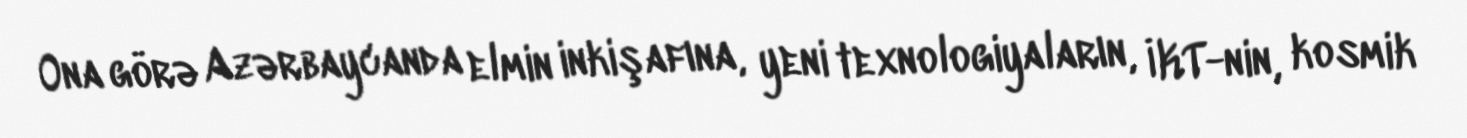
Ona görə Azərbaycanda elmin inkişafına, yeni texnologiyaların, İKT-nin, kosmik